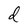
Character: d